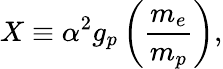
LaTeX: X\equiv\alpha^{2}g_{p}\left(\frac{m_{e}}{m_{p}}\right),